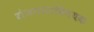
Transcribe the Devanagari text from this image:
रोजगाराविषयक